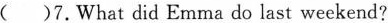
()7.What did Emma do last weekend?